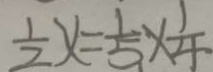
\frac { 1 } { 2 } x = \frac { 1 } { 5 } \times \frac { 1 } { 4 }